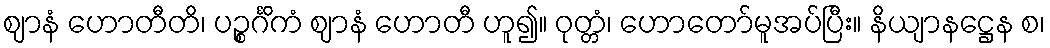
ဈာနံ ဟောတီတိ၊ ပဉ္စင်္ဂိကံ ဈာနံ ဟောတီ ဟူ၍။ ဝုတ္တံ၊ ဟောတော်မူအပ်ပြီး။ နိယျာနဋ္ဌေန စ၊